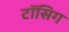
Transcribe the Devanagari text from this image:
टॉसिग